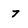
Character: 7